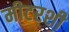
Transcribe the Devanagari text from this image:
मीटरशी